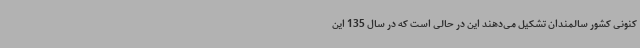
کنونی کشور سالمندان تشکیل می‌دهند این در حالی است که در سال 135 این